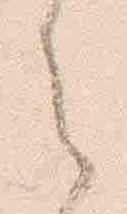
之